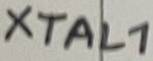
Text: XTAL1